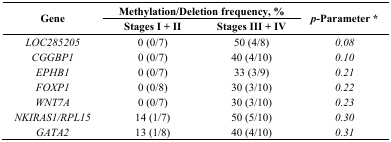
<table><thead><tr><td rowspan="3"><b>Gene</b></td><td colspan="2"><b>Methylation/Deletion frequency, %</b></td><td rowspan="3"><b><i>p</i>-Parameter *</b></td></tr><tr><td><b>Stages I + II</b></td><td><b>Stages III + IV</b></td></tr></thead><tbody><tr><td><i>LOC285205</i></td><td>0 (0/7)</td><td>50 (4/8)</td><td><i>0.08</i></td></tr><tr><td><i>CGGBP1</i></td><td>0 (0/7)</td><td>40 (4/10)</td><td><i>0.10</i></td></tr><tr><td><i>EPHB1</i></td><td>0 (0/7)</td><td>33 (3/9)</td><td><i>0.21</i></td></tr><tr><td><i>FOXP1</i></td><td>0 (0/8)</td><td>30 (3/10)</td><td><i>0.22</i></td></tr><tr><td><i>WNT7A</i></td><td>0 (0/7)</td><td>30 (3/10)</td><td><i>0.23</i></td></tr><tr><td><i>NKIRAS1/RPL15</i></td><td>14 (1/7)</td><td>50 (5/10)</td><td><i>0.30</i></td></tr><tr><td><i>GATA2</i></td><td>13 (1/8)</td><td>40 (4/10)</td><td><i>0.31</i></td></tr></tbody></table>